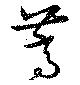
篙